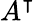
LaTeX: A^{\intercal}